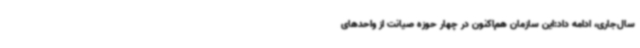
سال‌جاری، ادامه داد:این سازمان هم‌اکنون در چهار حوزه صیانت از واحدهای